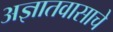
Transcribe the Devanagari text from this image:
अज्ञातवासाचे